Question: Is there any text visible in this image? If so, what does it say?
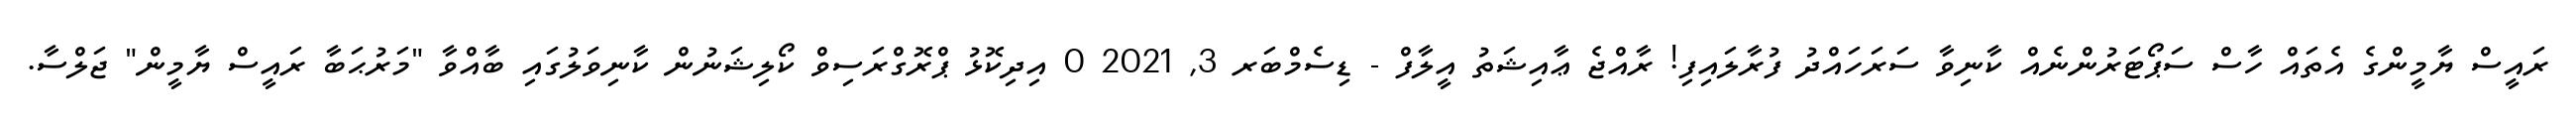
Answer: ރައީސް ޔާމީންގެ އެތައް ހާސް ސަޕޯޓަރުންނެއް ކާނިވާ ސަރަހައްދު ފުރާލައިފި! ރާއްޖެ ޢާއިޝަތު އީލާފް - ޑިސެމްބަރ 3, 2021 0 އިދިކޮޅު ޕްރޮގްރަސިވް ކޯލިޝަނުން ކާނިވަލުގައި ބާއްވާ "މަރުޙަބާ ރައީސް ޔާމީން" ޖަލްސާ.